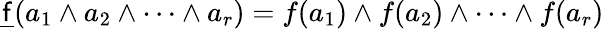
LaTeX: {\underline{{\mathsf{f}}}}(a_{1}\wedge a_{2}\wedge\cdots\wedge a_{r})=f(a_{1})\wedge f(a_{2})\wedge\cdots\wedge f(a_{r})